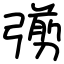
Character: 彅